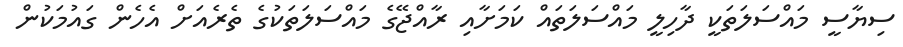
ސިޔާސީ މައްސަލަތަކީ ދާހިލީ މައްސަލަތައް ކަމަށާއި ރާއްޖޭގެ މައްސަލަތަކުގެ ތެރެއަށް އެހެން ގައުމަކުން